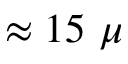
\approx 1 5 ~ \mu